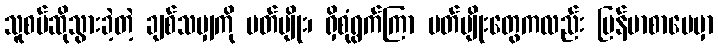
သူစပ်ဆိုသွားခဲ့တဲ့ ချစ်သမျှကို ပတ်ပျိုး၊ ရှိစုံရွက်ကြာ ပတ်ပျိုးတွေကလည်း မြန်မာစာပေမှာ